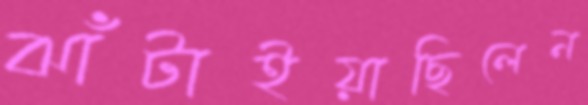
ঝাঁটাইয়াছিলেন